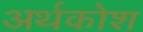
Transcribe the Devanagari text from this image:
अर्थकोश